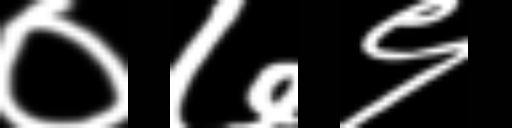
Text: ०७९